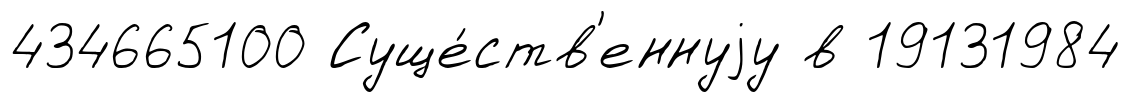
434665100 Суще́ств'еннуjу в 19131984